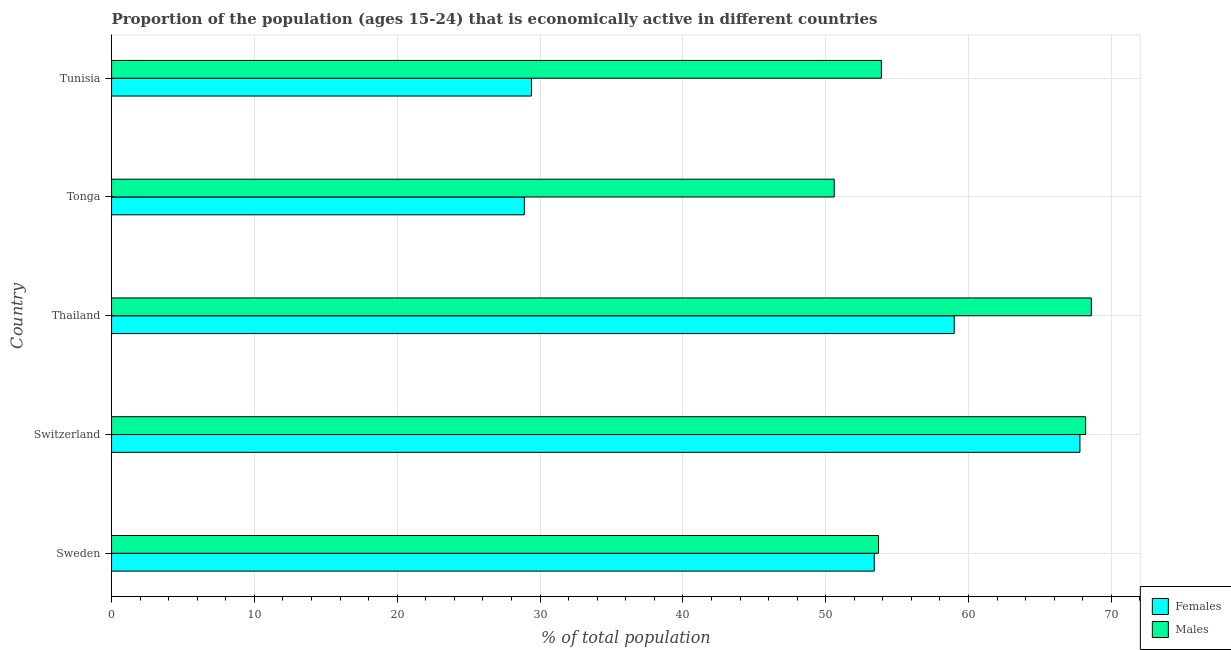
| Country | Females | Males |
 | --- | --- | --- |
 | Sweden | 53.4 | 53.7 |
 | Switzerland | 67.8 | 68.2 |
 | Thailand | 59 | 68.6 |
 | Tonga | 28.9 | 50.6 |
 | Tunisia | 29.4 | 53.9 |